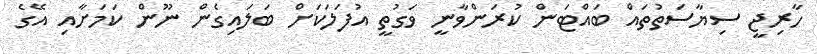
ހާރިޖީ ސިޔާސަތުތައް ބައްޓަން ކުރަންވާނީ ވަގުތީ އުފަލަކަށް ބަލައިގެން ނޫން ކަމަށާއި އޭގެ